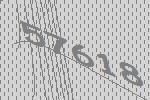
57618